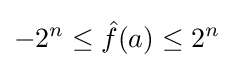
-2^{n}\leq {\hat {f}}(a)\leq 2^{n}